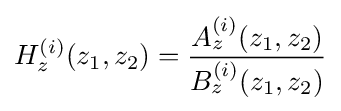
H_{z}^{(i)}(z_{1},z_{2})={\frac {A_{z}^{(i)}(z_{1},z_{2})}{B_{z}^{(i)}(z_{1},z_{2})}}